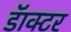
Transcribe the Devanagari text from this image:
डॅाक्टर